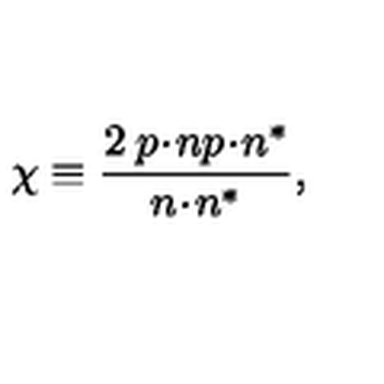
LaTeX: \chi \equiv \frac { 2 \: p \! \cdot \! n p \! \cdot \! n ^ { \ast } } { n \! \cdot \! n ^ { \ast } } ,